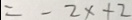
= - 2 x + 2